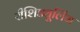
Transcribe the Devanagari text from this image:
रीशिड्यूलिंग